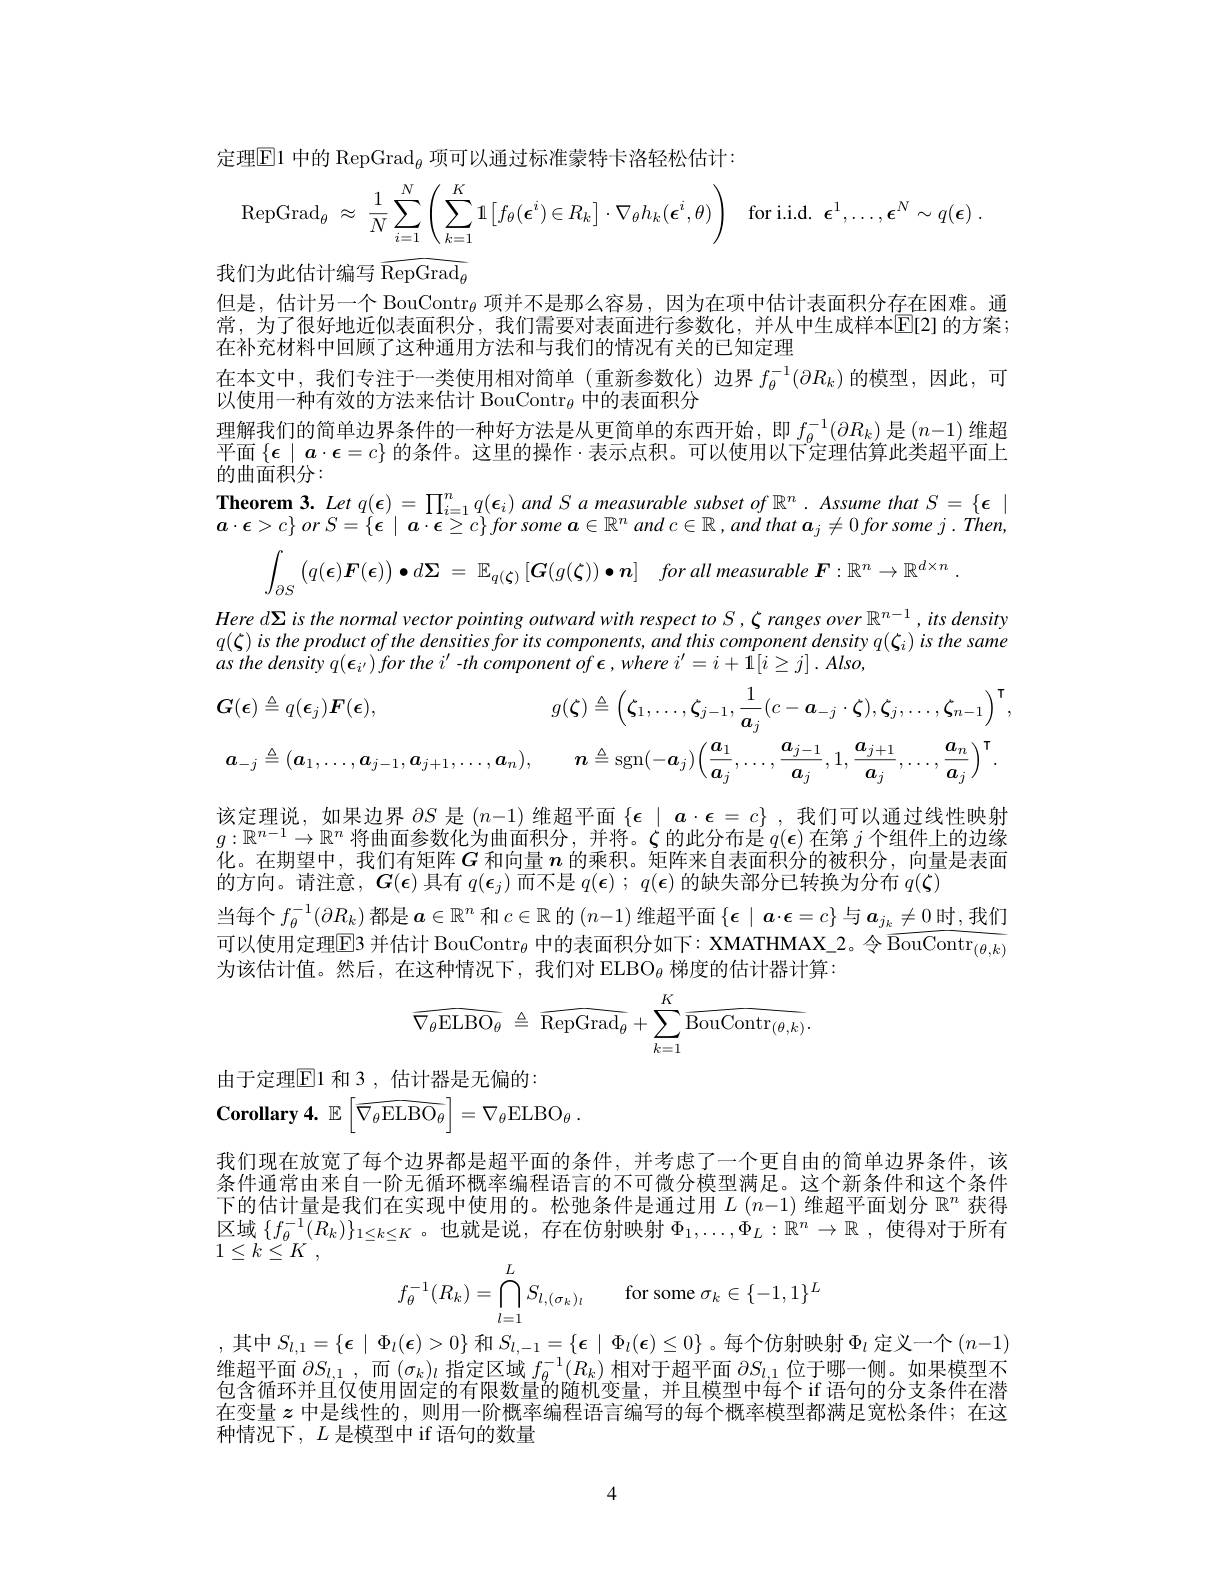
定理$\overline{\mathrm{E}}$1 中的 RepGrad$_\theta$ 项可以通过标准蒙特卡洛轻松估计：
$$\mathrm{RepGrad}_\theta\:\approx\:\frac{1}{N}\sum\limits_{i=1}^N\left(\sum\limits_{k=1}^K1\left[f_\theta(\boldsymbol{\epsilon}^i)\in R_k\right]\cdot\nabla_\theta h_k(\boldsymbol{\epsilon}^i,\theta)\right)\quad\mathrm{for\:i.i.d.}\:\boldsymbol{\epsilon}^1,\ldots,\boldsymbol{\epsilon}^N\sim q(\boldsymbol{\epsilon})\:.$$
我们为此估计编写$\widehat\mathrm{RepGrad}_{\theta}$

但是，估计另一个 BouContr$_{\theta}$项并不是那么容易，因为在项中估计表面积分存在困难。通常，为了很好地近似表面积分，我们需要对表面进行参数化，并从中生成样本$\overline{\mathrm{E}}[2]$ 的方案； 在补充材料中回顾了这种通用方法和与我们的情况有关的已知定理
在本文中，我们专注于一类使用相对简单(重新参数化)边界$f_{\theta}^{-1}(\partial R_k)$的模型，因此，可
以使用一种有效的方法来估计 BouContr$_{\theta}$中的表面积分
理解我们的简单边界条件的一种好方法是从更简单的东西开始，即$f_\theta^{-1}(\partial R_k)$是$(n-1)$维超平面$\{\epsilon\mid a\cdot\epsilon=c\}$的条件。这里的操作·表示点积。可以使用以下定理估算此类超平面上的曲面积分：

$\begin{array}{l}{\textbf{Theorem 3. Let q(\epsilon)=\prod}_{i=1}^{n}q(\epsilon_{i})\:and~S~a~measurable~subset~of~\mathbb{R}^{n}~.~Assume~that~S~=\{\epsilon~|\\a\cdot\epsilon>c\}~or~S=\{\epsilon~|~a\cdot\epsilon\geq c\}~for~some~a\in\mathbb{R}^{n}~and~c\in\mathbb{R}~,and~that~a_{j}\neq0~for~some~j~.~Then,}\end{array}$
$$\int_{\partial S}\left(q(\boldsymbol{\epsilon})\boldsymbol{F}(\boldsymbol{\epsilon})\right)\bullet d\boldsymbol{\Sigma}\:=\:\mathbb{E}_{q(\boldsymbol{\zeta})}\left[\boldsymbol{G}(g(\boldsymbol{\zeta}))\bullet\boldsymbol{n}\right]\quad for\:all\:measurable\:\boldsymbol{F}:\mathbb{R}^n\to\mathbb{R}^{d\times n}\:.$$
Here dΣ is the normal vector pointing outward with respect to S , ζ ranges over $\mathbb{R}^n-1$, its density $q(\zeta)istheproductofthedensitiesforitscomponents,andthiscomponentdensityq(\zeta_{i})isthesame$ $as$ the density $q( \epsilon _{i^{\prime }})$ for the $i^{\prime }$ $- th$ component $of\epsilon , where$ $i^{\prime }= i+ 1[ i\geq j]$ $. Also$,
$$G(\boldsymbol{\epsilon})\triangleq q(\boldsymbol{\epsilon}_{j})\boldsymbol{F}(\boldsymbol{\epsilon}),g(\boldsymbol{\zeta})\triangleq\left(\boldsymbol{\zeta}_{1},\ldots,\boldsymbol{\zeta}_{j-1},\frac{1}{\boldsymbol{a}_{j}}(c-\boldsymbol{a}_{-j}\cdot\boldsymbol{\zeta}),\boldsymbol{\zeta}_{j},\ldots,\boldsymbol{\zeta}_{n-1}\right)^{\mathsf{T}},\\\boldsymbol{a}_{-j}\triangleq(\boldsymbol{a}_{1},\ldots,\boldsymbol{a}_{j-1},\boldsymbol{a}_{j+1},\ldots,\boldsymbol{a}_{n}),\quad\boldsymbol{n}\triangleq\operatorname{sgn}(-\boldsymbol{a}_{j})\left(\frac{\boldsymbol{a}_{1}}{\boldsymbol{a}_{j}},\ldots,\frac{\boldsymbol{a}_{j-1}}{\boldsymbol{a}_{j}},1,\frac{\boldsymbol{a}_{j+1}}{\boldsymbol{a}_{j}},\ldots,\frac{\boldsymbol{a}_{n}}{\boldsymbol{a}_{j}}\right)^{\mathsf{T}}.$$
该定理说，如果边界$\partial S$是$(n-1)$维超平面$\{\epsilon\mid a\cdot\epsilon=c\}$ ,我们可以通过线性映射$g:\mathbb{R}^{n-1}\to\mathbb{R}^n$将曲面参数化为曲面积分，并将。$\zeta$的此分布是$q(\boldsymbol{\epsilon})$在第$j$个组件上的边缘化。在期望中，我们有矩阵$G$和向量$n$的乘积。矩阵来自表面积分的被积分，向量是表面的方向。请注意，$G(\epsilon)$具有$q(\epsilon_j)$而不是$q(\epsilon);q(\epsilon)$的缺失部分已转换为分布$q(\zeta)$
当每个$f_\theta^{-1}(\partial R_k)$ 都是$\boldsymbol{a}\in\mathbb{R}^n$ 和 $c\in\mathbb{R}$ 的 $(n-1)$ 维超平面$\left\{\epsilon\mid a\cdot\epsilon=c\right\}$与$a_j_k\neq0$ 时，我们可以使用定理$\mathbb{E} \text{3 并 估 计 BouContr}_{\theta }$ 中的表面积分如下：XMATHMAX\_2。令 $\widehat{\mathrm{BouContr}}_{(\theta,k)}$ 为该估计值。然后，在这种情况下，我们对 ELBO$_{\theta}$梯度的估计器计算：
$$\widehat{\nabla_\theta\text{ELBO}_\theta}\:\triangleq\:\widehat{\text{RepGrad}_\theta}+\sum_{k=1}^K\widehat{\text{BouContr}_{(\theta,k)}}.$$
由于定理$\overline{\mathbb{E}}$1 和 3 , 估计器是无偏的：

Corollary 4. $\mathbb{E} \left [ \widehat {\nabla _\theta \mathrm{ELBO}_\theta }\right ] = \nabla _\theta \mathrm{ELBO}_\theta$ .

我们现在放宽了每个边界都是超平面的条件，并考虑了一个更自由的简单边界条件，该条件通常由来自一阶无循环概率编程语言的不可微分模型满足。这个新条件和这个条件下的估计量是我们在实现中使用的。松弛条件是通过用$L\left(n-1\right)$维超平面划分$\mathbb{R}^n$ 获得区域$\{f_\theta^{-1}(R_k)\}_{1\leq k\leq K}$ 。也就是说，存在仿射映射$\Phi_1,\ldots,\Phi_L:\mathbb{R}^n\to\mathbb{R}$ ,使得对于所有$1\leq k\leq K$ ,
$$f_\theta^{-1}(R_k)=\bigcap\limits_{l=1}^LS_{l,(\sigma_k)_l}\quad\text{for some}\sigma_k\in\{-1,1\}^L$$
,其中$S_l,1=\{\epsilon\mid\Phi_l(\epsilon)>0\}$ 和$S_l,-1=\{\epsilon\mid\Phi_l(\boldsymbol{\epsilon})\leq0\}$。每个仿射映射$\Phi_l$ 定义一个$(n-1)$ 维超平面$\partial S_{l, 1}$ ,而$(\sigma_k)_l$指定区域$f_\theta^{-1}(R_k)$相对于超平面$\partial S_l,1$位于哪一侧。如果模型不包含循环并且仅使用固定的有限数量的随机变量，并且模型中每个 if 语句的分支条件在潜在变量$z$中是线性的，则用一阶概率编程语言编写的每个概率模型都满足宽松条件；在这种情况下，$L$是模型中 if 语句的数量

4